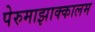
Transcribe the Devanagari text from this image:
पेरुमाझाक्कालम